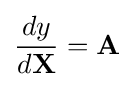
{\frac {dy}{d\mathbf {X} }}=\mathbf {A}